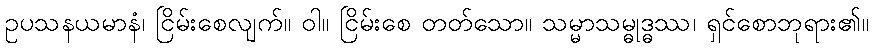
ဥပသနယမာနံ၊ ငြိမ်းစေလျက်။ ဝါ။ ငြိမ်းစေ တတ်သော။ သမ္မာသမ္ဓုဒ္ဓဿ၊ ရှင်စောဘုရား၏။